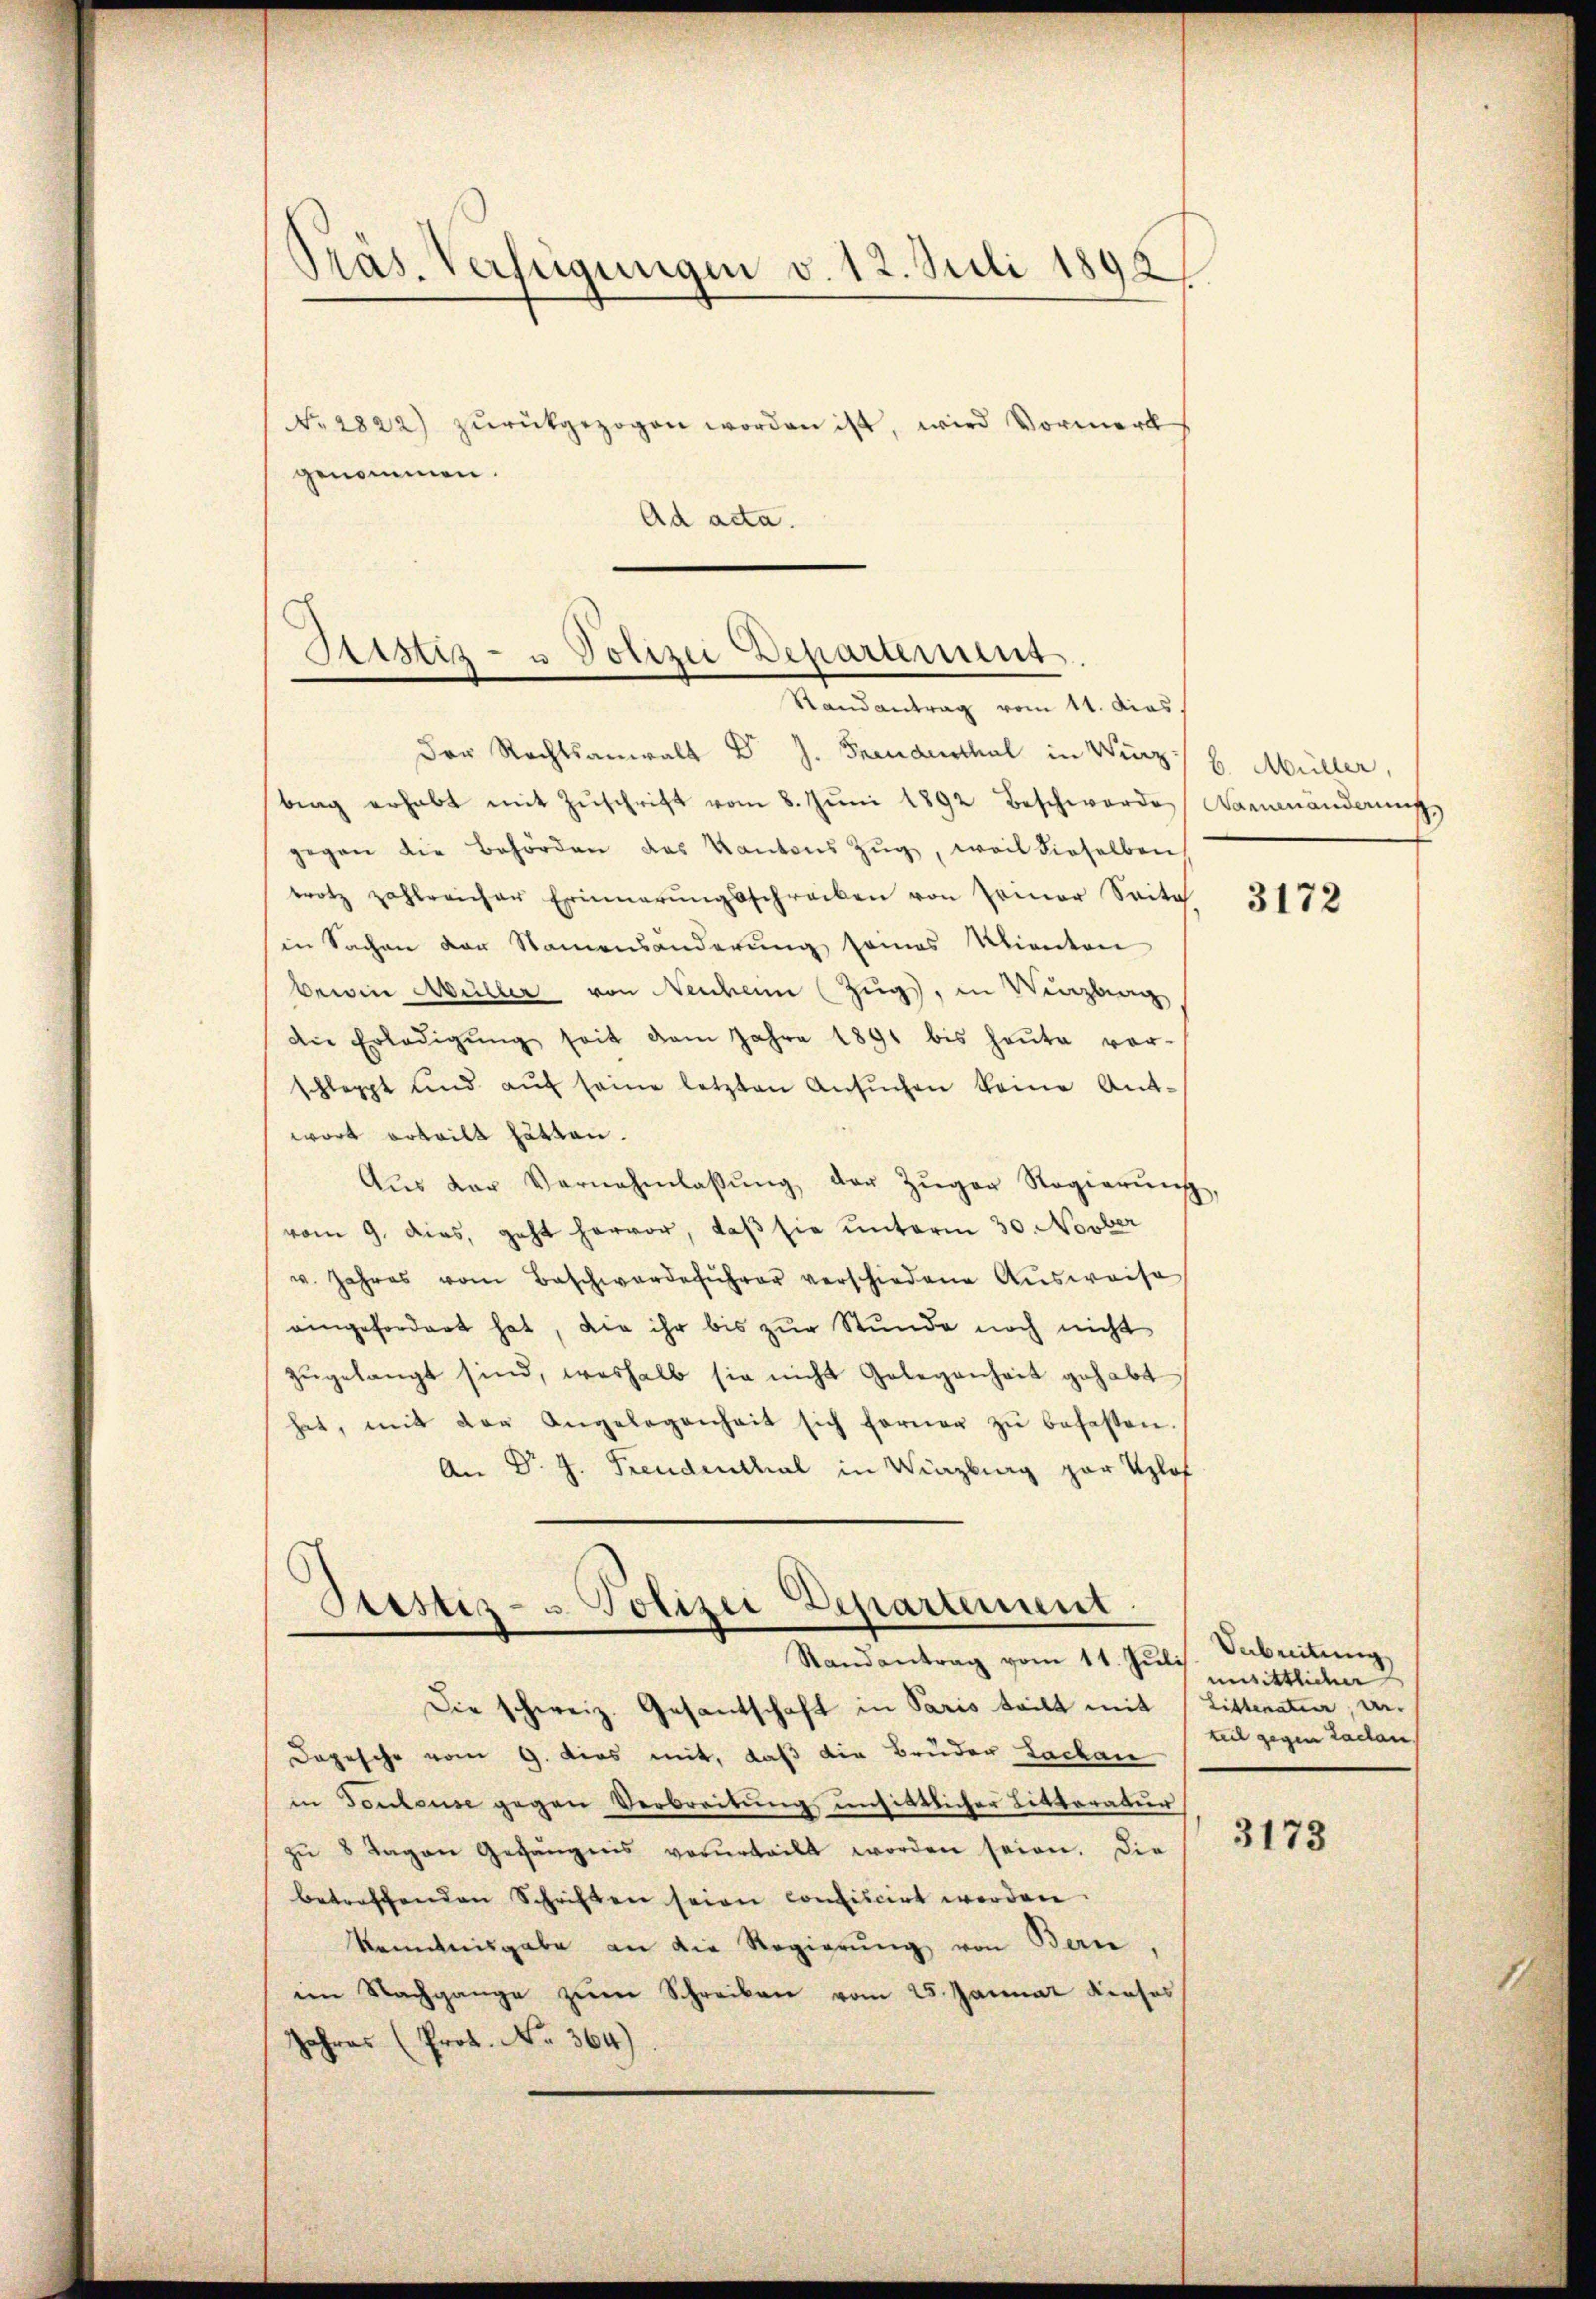
i
Pras. Verfügungen v. 12. Juli 1898

No. 2822) zŭrückgezogen worden ist, wird Vormerk
genommen.
Ad acta.

Sistiz- u Polizei Departerung
Randantrag vom 11. dies

Dtistiz- u Polizei Departement
Randantrag vom 11. Juli

Der Rechtsanwalt Dr J. Freudenthal in Wirz l. Müller,
bing erhabt mit Zŭschrift vom 8. Jŭni 1892 beschwerde warenänderung
gegen die Behörden des Kantons Zŭg, weil dieselben
trotz zahlreicher Erinnerungsschreiben von Priner Seite
in Sachen vor Namensänderung seines Kanton
bewie Müller von Neuheim (Zugs, in Winzburg
die Erledigŭng seit dem Jahre 1891 bis heŭte vor-
schlappt und aŭf seine letzten Ansŭchen keine Antwort erteilt hätten.
Aŭs der Vernehmlassŭng der Zŭger Regierŭng,
vom 9. dies, geht hervor, daβ sie unterm 30. Novber
u. Jahres vom Beschwerdeführer verschiedene Ausweise
eingefordert hat, die ihr bis zur Stunde noch nicht
zŭgelangt sind, weshalb sie nicht Gelegenheit gehabt
hat, mit der Angelegenheit sich ferner zŭ befassen.
An Dr. J. Freudenthal in Winzburg zur Uzlof

Die schweiz. Gesantschaft in Paris teilt mit Litteratur, ver¬
Dopische vom 9. dies mit, daß die Brüder Lackan
in Toulouse gegen Verbreitŭng unsittlicher Litteratur
zŭ 8 Tagen Gefängnis verurteilt worden seien. Die
betreffenden Schriften seien confiscirt werden.
kenntnisgabe an die Regierŭng von Bern
im Nachgange zum Schreiben vom 25. Januar Kieses
Jahres (Prot. No. 364)

3172

Vabreitung
unsittlicher
teil gegen Laden,

3173